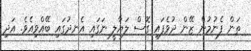
ތަން ފެނުމުން ޒޭން ދުވެފައި ގޮސް ލަޔާލީ ނަގައި އެނދުގައި ބޭއްވިއެވެ. އަދި